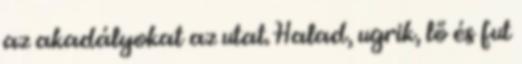
az akadályokat az utat. Halad, ugrik, lő és fut